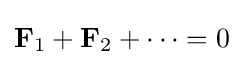
\mathbf {F} _{1}+\mathbf {F} _{2}+\cdots =0